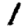
Digit: 1